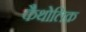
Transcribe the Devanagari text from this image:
कैथोलिक